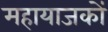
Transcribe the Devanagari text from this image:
महायाजकों